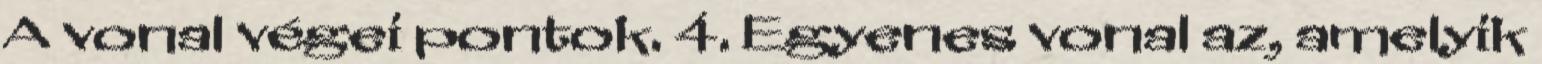
A vonal végei pontok. 4. Egyenes vonal az, amelyik